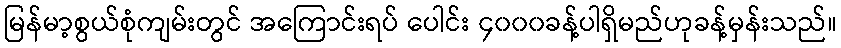
မြန်မာ့စွယ်စုံကျမ်းတွင် အကြောင်းရပ် ပေါင်း ၄၀၀၀ခန့်ပါရှိမည်ဟုခန့်မှန်းသည်။